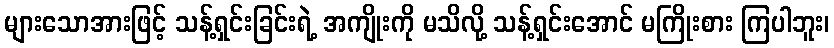
များသောအားဖြင့် သန့်ရှင်းခြင်းရဲ့ အကျိုးကို မသိလို့ သန့်ရှင်းအောင် မကြိုးစား ကြပါဘူး၊